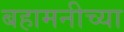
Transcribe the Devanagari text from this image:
बहामनीच्या